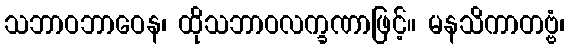
သဘာဝဘာဝေန၊ ထိုသဘာဝလက္ခဏာဖြင့်။ မနသိကာတဗ္ဗံ၊